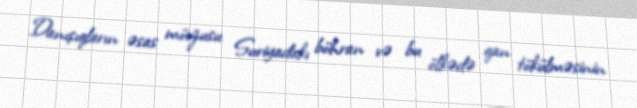
Danışıqların əsas mövzusu Suriyadakı böhran və bu ölkədə qan tökülməsinin